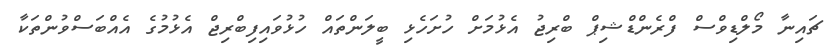
ޗައިނާ މޯލްޑިވްސް ފްރެންޑްޝިޕް ބްރިޖު އެޅުމަށް ހުށަހެޅި ބީލަންތައް ހުޅުވައިފިބްރިޖް އެޅުމުގެ އެއްބަސްވުންތަކާ